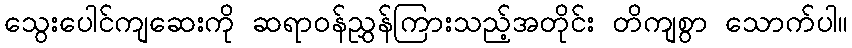
သွေးပေါင်ကျဆေးကို ဆရာဝန်ညွှန်ကြားသည့်အတိုင်း တိကျစွာ သောက်ပါ။